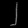
Digit: ၂